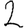
Digit: 2